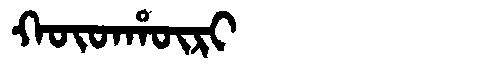
Manchu: ᡴᡡᡨᡥᡡᡵᡳ
Romanization: KŪTHŪRI